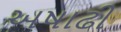
અષાઢી